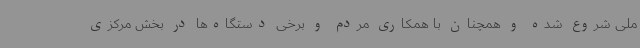
ملی شروع شده و همچنان با همکاری مردم و برخی دستگاه‌ها در بخش مرکزی